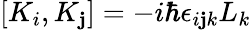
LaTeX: \left[K_{i},K_{\mathbf{j}}\right]=-i\hbar\epsilon_{i\mathbf{j}k}L_{k}